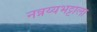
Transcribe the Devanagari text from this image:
नन्नय्यभट्टाला